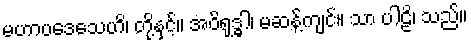
မဟာပဒေသေဟိ၊ တို့နှင့်။ အဝိရုဒ္ဓါ၊ မဆန့်ကျင်။ သာ ပါဠိ၊ သည်။